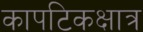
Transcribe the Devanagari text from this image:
कापटिकक्षात्र